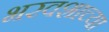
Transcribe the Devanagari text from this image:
भरवशाच्या